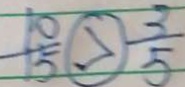
\frac { 1 0 } { 1 5 } \textcircled { > } \frac { 3 } { 5 }